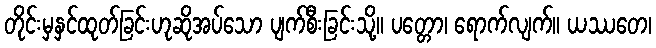
တိုင်းမှနှင်ထုတ်ခြင်းဟုဆိုအပ်သော ပျက်စီးခြင်းသို့။ ပတ္တော၊ ရောက်လျက်။ ယဿတေ၊